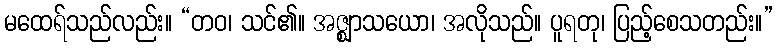
မထေရ်သည်လည်း။ “တဝ၊ သင်၏။ အဇ္ဈာသယော၊ အလိုသည်။ ပူရတု၊ ပြည့်စေသတည်း။”